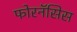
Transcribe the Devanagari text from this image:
फोरनॅसिस